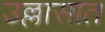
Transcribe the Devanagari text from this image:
उल्लासात